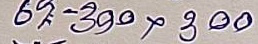
67 - 300 x 300